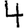
Digit: 4